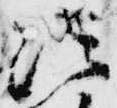
法